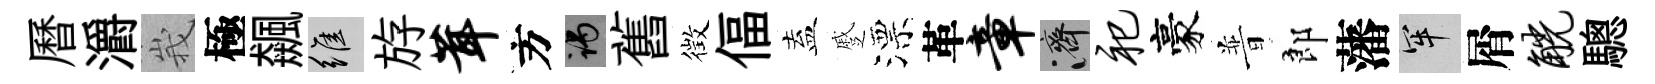
曆灂峩極飆維斿茸方谒舊徴偪盍蹙漂革章濟祀豪普郎藩牢屑觥驄